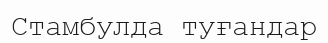
Стамбулда туғандар